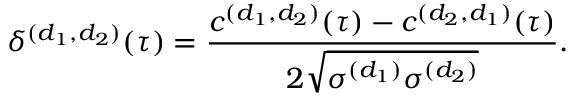
\delta ^ { ( d _ { 1 } , d _ { 2 } ) } ( \tau ) = \frac { c ^ { ( d _ { 1 } , d _ { 2 } ) } ( \tau ) - c ^ { ( d _ { 2 } , d _ { 1 } ) } ( \tau ) } { 2 \sqrt { \sigma ^ { ( d _ { 1 } ) } \sigma ^ { ( d _ { 2 } ) } } } .